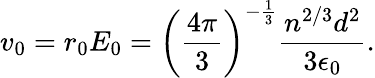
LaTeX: v_{0}=r_{0}E_{0}=\left(\frac{4\pi}{3}\right)^{-\frac{1}{3}}\frac{n^{2/3}d^{2}}{3\epsilon_{0}}.